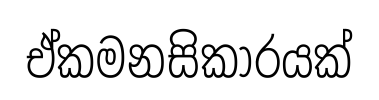
ඒකමනසිකාරයක්